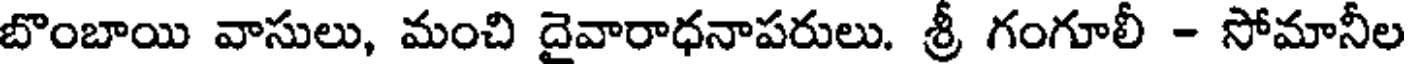
బొంబాయి వాసులు, మంచి దైవారాధనాపరులు. శ్రీ గంగూలీ - సోమానీల